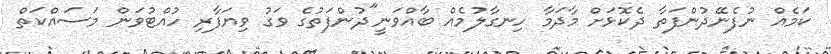
ކަމެއް ނުފެނޭދުންފަތާ ދެކޮޅަށް މާދަމާ ހިނގާލުމެއް ބާއްވަނީ"ދުންފަތުގެ ވަގު ވިޔަފާރި ހުއްޓުވަން މަސައްކަތް